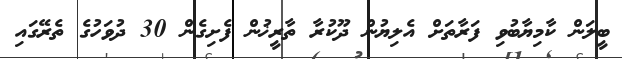
ބީލަން ކާމިޔާބުވި ފަރާތަށް އެލިޔުން ދޫކުރާ ތާރީޚުން ފެށިގެން 30 ދުވަހުގެ ތެރޭގައި